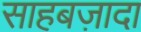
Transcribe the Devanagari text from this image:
साहबज़ादा